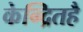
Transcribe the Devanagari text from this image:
केन्द्रितहै